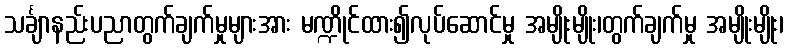
သင်္ချာနည်းပညာတွက်ချက်မှုများအား မဏ္ဍိုင်ထား၍လုပ်ဆောင်မှု အမျိုးမျိုး၊တွက်ချက်မှု အမျိုးမျိုး၊